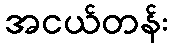
အငယ်တန်း